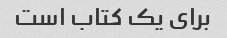
برای یک کتاب است